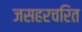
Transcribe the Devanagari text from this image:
जसहरचरित